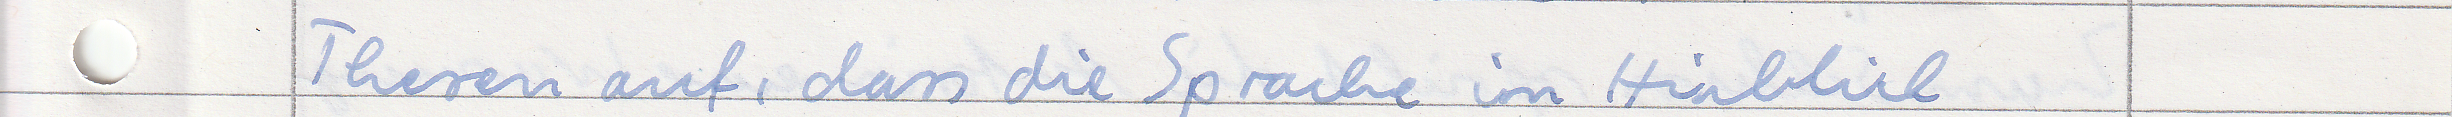
Thesen auf, dass die Sprache im Hinblick